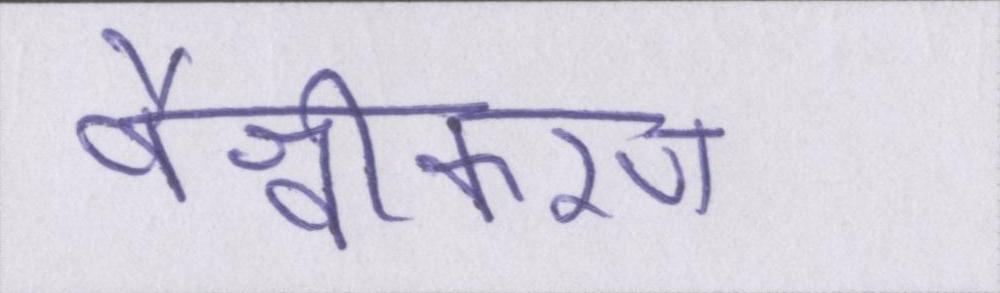
वैश्वीकरण